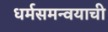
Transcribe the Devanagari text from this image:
धर्मसमन्वयाची